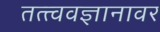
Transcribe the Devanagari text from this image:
तत्त्ववज्ञानावर